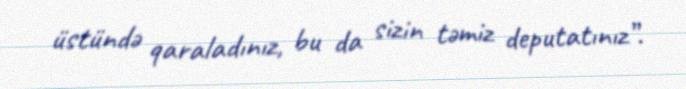
üstündə qaraladınız, bu da sizin təmiz deputatınız”.